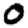
Digit: 0